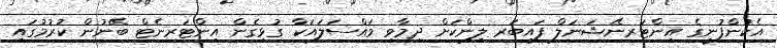
އެކުންފުނީގެ އިންޓަރނޭޝަނަލް ފައިބަރ ލިންކަށް ދިމާވި މައްސަލައަކާ ގުޅިގެން އިންޓަރނެޓް ބޭނުން ކުރުމުގައި